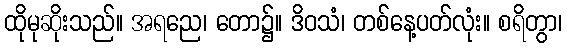
ထိုမုဆိုးသည်။ အရညေ၊ တော၌။ ဒိဝသံ၊ တစ်နေ့ပတ်လုံး။ စရိတွာ၊